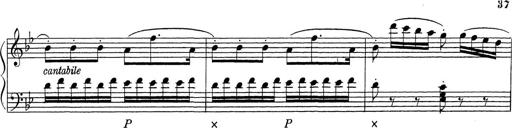
Title: ÄŒeskÃ© Sonatiny
Composer: Various